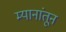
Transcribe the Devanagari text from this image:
म्यानांतून